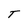
Character: T